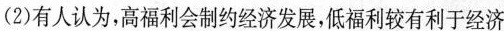
(2)有人认为，高福利会制约经济发展，低福利较有利于经济